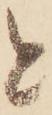
と